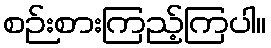
စဉ်းစားကြည့်ကြပါ။